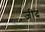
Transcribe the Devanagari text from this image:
जीद